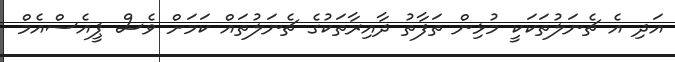
އަދި އެ ޗެނަލުތަކަކީ މުޅިން ތަފާތު ދާއިރާތަކުގެ ޗެނަލުތައް ކަމަށް ވެސް ޕީއެސްއެމް